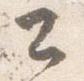
公